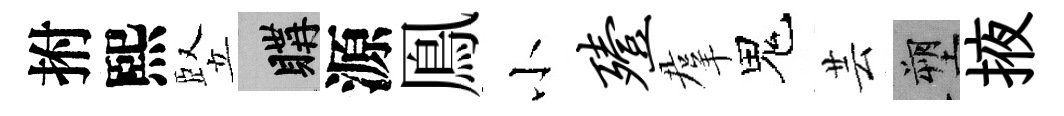
拊熙竪購源鳯小殪羣鬼芸塑掖